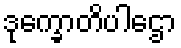
ဒုက္ခောတိပါဌော